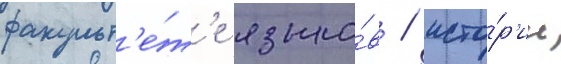
факульт'е́т'е языко́в / исто́р'ии